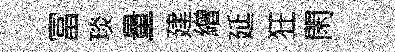
冨琰量建繒延狂閑